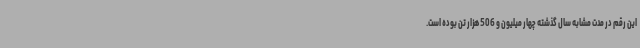
این رقم در مدت مشابه سال گذشته چهار میلیون و 506 هزار تن بوده است.